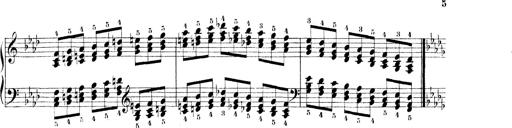
Title: Technische Studien
Composer: Franz Liszt